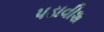
પડાવીશ